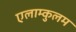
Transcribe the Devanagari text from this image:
एलाम्कुलम